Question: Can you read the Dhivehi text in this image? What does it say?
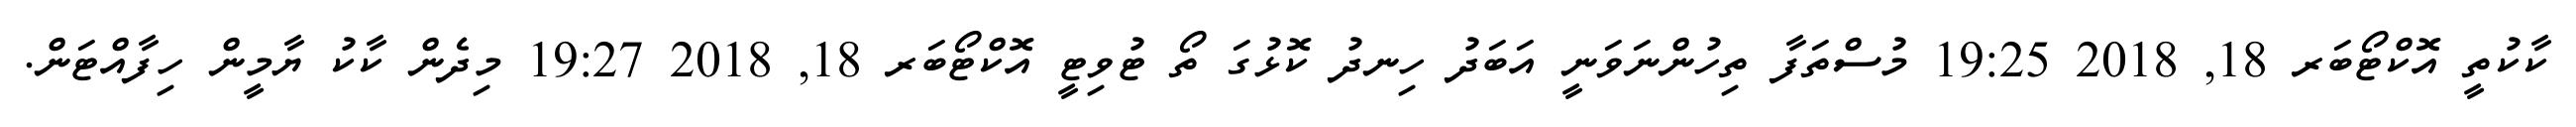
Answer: ކާކުތީ އޮކްޓޯބަރ 18, 2018 19:25 މުސްތަފާ ތިހުންނަވަނީ އަބަދު ހިނދު ކޮޅުގަ ތޯ ޓުވިޓީ އޮކްޓޯބަރ 18, 2018 19:27 މިދެން ކާކު ޔާމީން ހިފާއްޓަން.